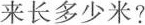
来长多少米?